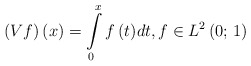
\begin{align*}\left( {Vf} \right)\left( x \right) = \int\limits_0^x {f\left( t \right)} dt,f \in L^2 \left( {0;\,1} \right)\end{align*}